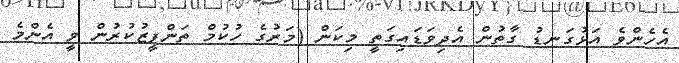
އެހެންވެ އަޅުގަނޑު ގާތުން އެދިވަޑައިގަތީ މިކަން (މަރުގެ ހުކުމް ތަންފީޒުކުރުން ވީ އެންމެ